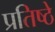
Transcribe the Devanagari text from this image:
प्रतिष्ठे